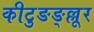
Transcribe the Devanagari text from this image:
कीटुङङ्ल्लूर